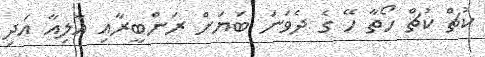
ކުޗް ކުޗް ހޯތާ ހޭ ގެ ދެވަނަ ބަޔަށް ރަންބީރާއި އާލިއާ އަދި